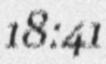
18:41